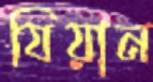
যিয়ান